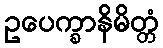
ဥပေက္ခာနိမိတ္တံ